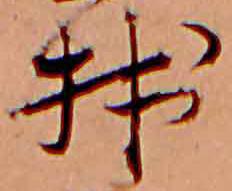
拙